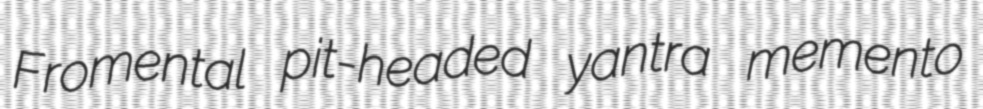
Fromental pit-headed yantra memento